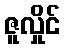
ဇူလှိုင်